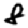
Digit: 8